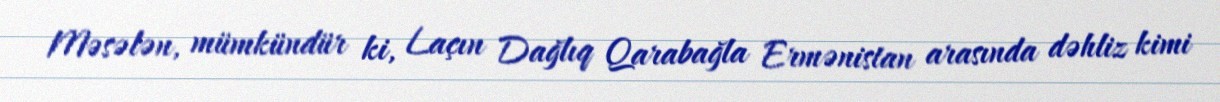
Məsələn, mümkündür ki, Laçın Dağlıq Qarabağla Ermənistan arasında dəhliz kimi